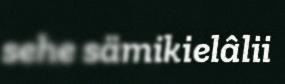
sehe sämikielâlii